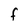
Character: F